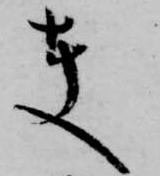
夫